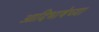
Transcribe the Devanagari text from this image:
आदिभाषेच्या